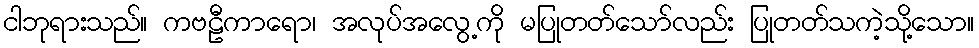
ငါဘုရားသည်။ ကဗဠီကာရော၊ အလုပ်အလွေ့ကို မပြုတတ်သော်လည်း ပြုတတ်သကဲ့သို့သော။